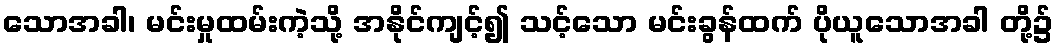
သောအခါ၊ မင်းမှုထမ်းကဲ့သို့ အနိုင်ကျင့်၍ သင့်သော မင်းခွန်ထက် ပိုယူသောအခါ တို့၌